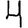
Digit: 4